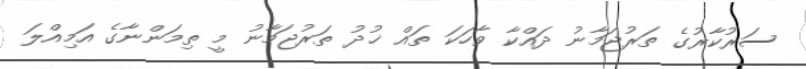
ސަރުކާރުގެ ތަރުޖަމާނު ދައްކާ ވާހަކަ ތައް ޚުދު ތަރުޖަމާނު މީ ތިމަންނާގެ އަމިއްލަ